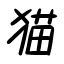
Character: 猫